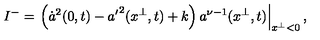
I ^ { - } = \left. \left( \dot { a } ^ { 2 } ( 0 , t ) - { a ^ { \prime } } ^ { 2 } ( x ^ { \perp } , t ) + k \right) a ^ { \nu - 1 } ( x ^ { \perp } , t ) \right| _ { x ^ { \perp } < 0 } ,